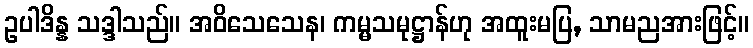
ဥပါဒိန္န သဒ္ဒါသည်။ အဝိသေသေန၊ ကမ္မသမုဋ္ဌာန်ဟု အထူးမပြ, သာမညအားဖြင့်။